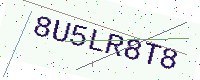
Text: 8U5LR8T8